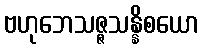
ဗဟုဘေသဇ္ဇသန္နိစယော